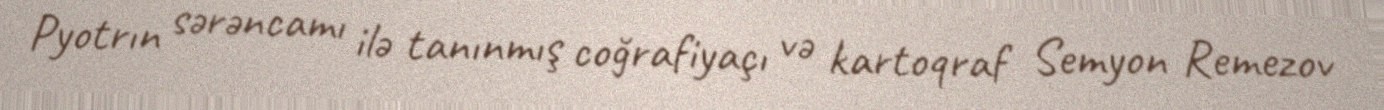
Pyotrın sərəncamı ilə tanınmış coğrafiyaçı və kartoqraf Semyon Remezov